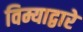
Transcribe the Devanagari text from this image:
विम्याद्वारे